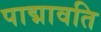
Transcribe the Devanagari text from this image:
पाद्मावति